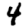
Digit: 4